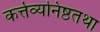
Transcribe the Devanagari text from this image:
कर्त्तव्यनिष्ठतथा